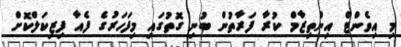
މި އިވެންޓް އިންތިޒާމް ކުރާ ފަރާތުން ބުނި ގޮތުގައި މިފަަހަރުގެ ފެއާ ފިޒިކަލްކޮށް